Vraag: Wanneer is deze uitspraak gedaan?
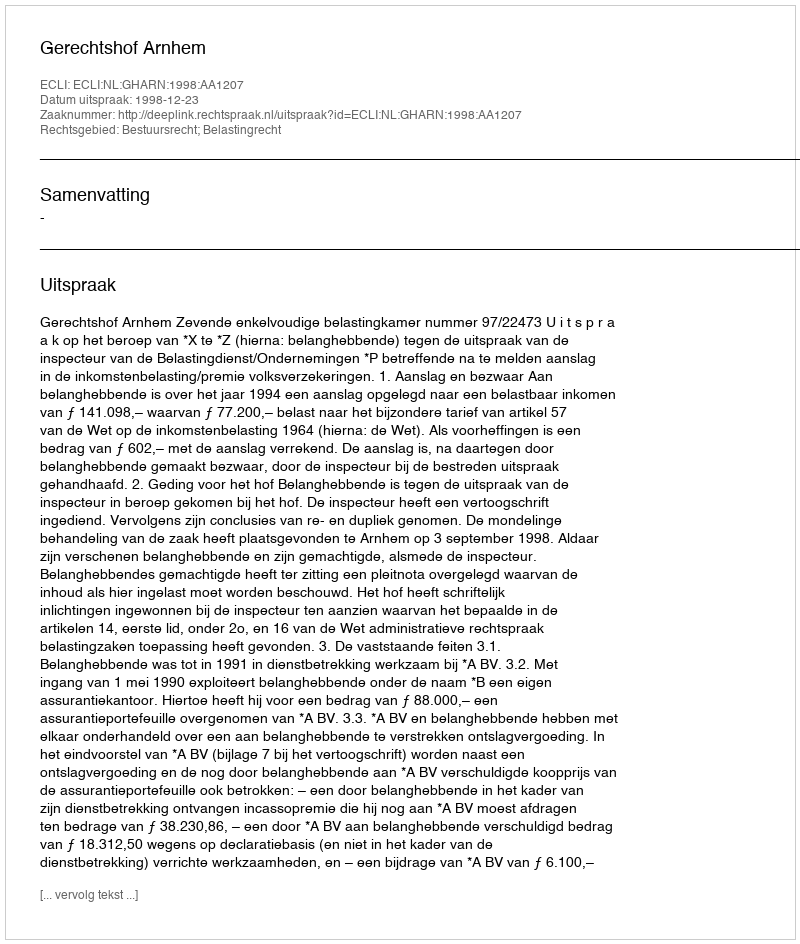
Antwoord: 1998-12-23